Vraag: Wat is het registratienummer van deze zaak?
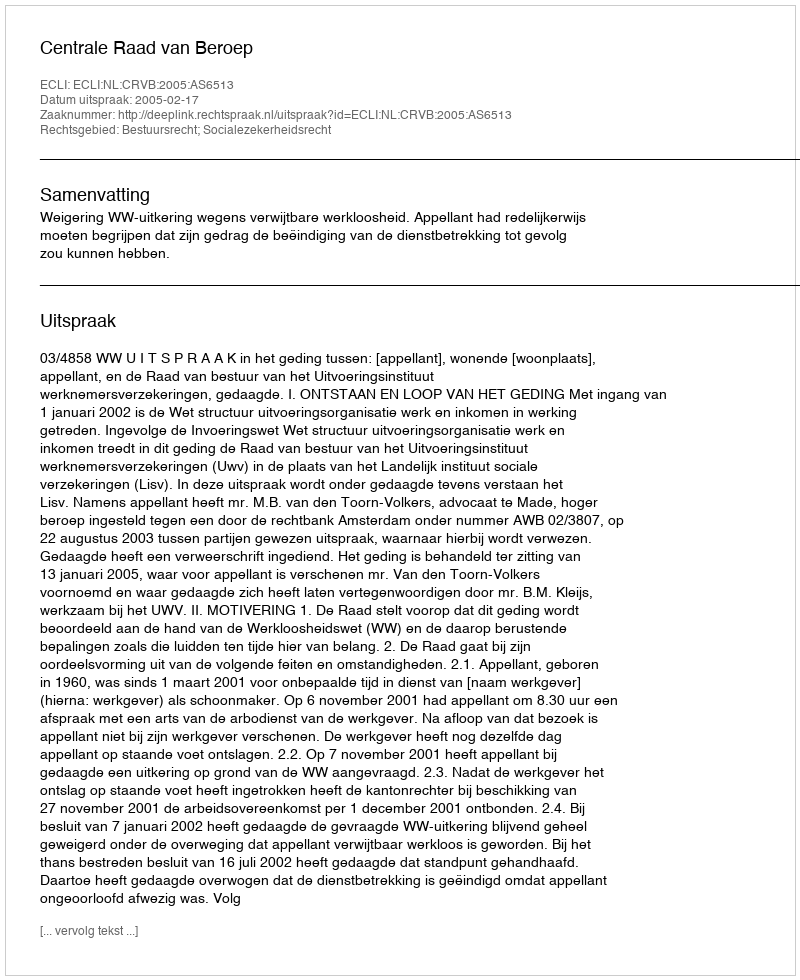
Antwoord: http://deeplink.rechtspraak.nl/uitspraak?id=ECLI:NL:CRVB:2005:AS6513